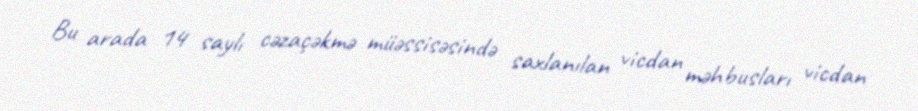
Bu arada 14 saylı cəzaçəkmə müəssisəsində saxlanılan vicdan məhbusları vicdan